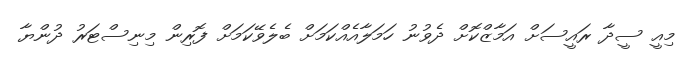
މިއީ ސީދާ ރައީސަށް އަމާޒްކޮށް ދެވުނު ހަމަލާއެެއްކަމަށް ބެލެވޭކަމަށް ފޮރިން މިނިސްޓަރު ދުންޔާ